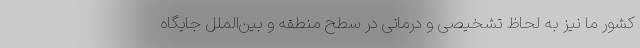
کشور ما نیز به لحاظ تشخیصی و درمانی در سطح منطقه و بین‌الملل جایگاه